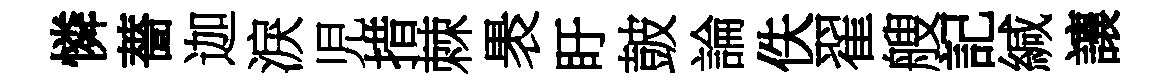
憐薔迦淚児措棘褁盱皷論佚翟艘記緘讓